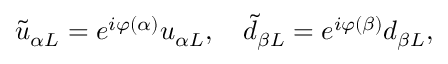
\tilde { u } _ { \alpha L } = e ^ { i \varphi ( \alpha ) } u _ { \alpha L } , \quad \tilde { d } _ { \beta L } = e ^ { i \varphi ( \beta ) } d _ { \beta L } ,